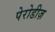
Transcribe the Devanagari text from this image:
पेरोडीज़